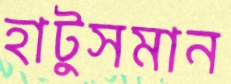
হাটুসমান